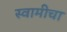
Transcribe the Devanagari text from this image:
स्वामीचा